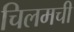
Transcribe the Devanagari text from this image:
चिलमची